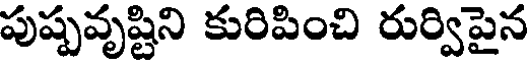
పుష్పవృష్టిని కురిపించి రుర్విపైన